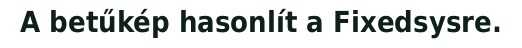
A betűkép hasonlít a Fixedsysre.